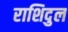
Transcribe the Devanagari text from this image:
राशिदुल